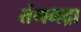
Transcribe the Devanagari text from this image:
तंगभद्रा